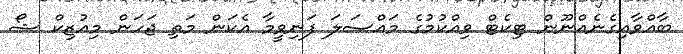
ބާއްވާއިގެނެއްނޫން ޓިކެޓް ވިއްކުމުގެ މައްސަލަ ފަނިވީމާ އެކަން މަތި ޖަހަން މިއުޒިކް ޝޯ